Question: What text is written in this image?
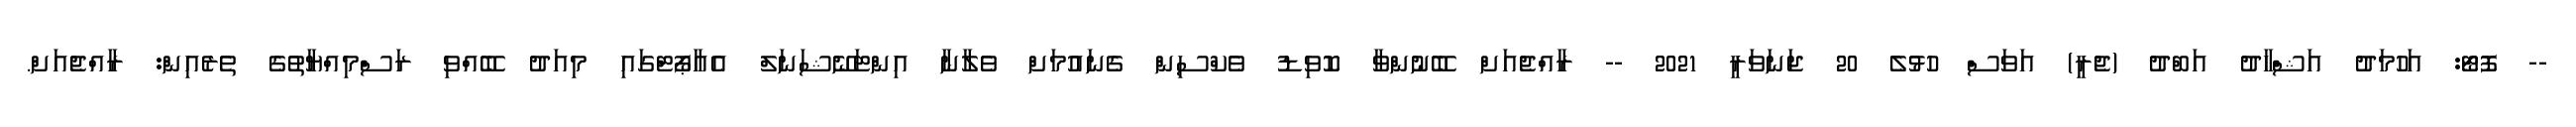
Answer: -- ފޮޓޯ: އަހުމަދު އަޝްހާދު އަބްދު (ޖެރީ) އަވަސް ހުޅުލެ 20 ޖަނަވަރީ 2021 -- ރާއްޖެއަށް ބޭނުންވާ ކޮވިޑު ވެކްސިން ގެނައުމަށް ވެލާނާ އިންޓަނޭޝަނަލް އެއާޕޯޓްގައި މިއަދު ބޭއްވި ރަސްމިއްޔާތުގެ ތެރެއިން: ރާއްޖެއަށް.